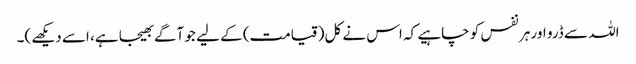
اللہ سے ڈرو اور ہر نفس کو چاہیے کہ اس نے کل(قیامت) کے لیے جو آگے بھیجا ہے، اسے دیکھے)۔